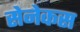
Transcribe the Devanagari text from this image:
सेनेकस